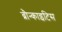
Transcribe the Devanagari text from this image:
ब्रौन्काइटिस